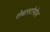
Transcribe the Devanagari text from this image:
सेबास्टोपोल